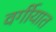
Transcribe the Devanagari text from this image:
वर्गीयात